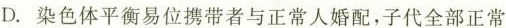
D.染色体平衡易位携带者与正常人婚配，子代全部正常